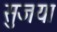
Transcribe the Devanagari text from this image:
सुजया